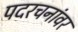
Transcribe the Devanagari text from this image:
पदरचनांवर